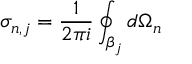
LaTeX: \sigma _ { n , j } = \frac { 1 } { 2 \pi i } \oint _ { \beta _ { j } } d \Omega _ { n }